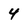
Character: 4